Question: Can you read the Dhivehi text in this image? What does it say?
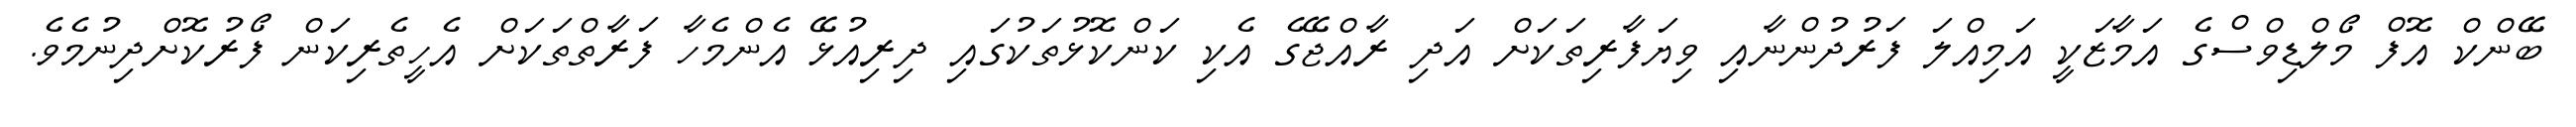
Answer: ބޭންކް އޮފް މޯލްޑިވްސްގެ އަމާޒަކީ އަމިއްލަ ފަރުދުންނާއި ވިޔަފާރިތަކަށް އަދި ރާއްޖޭގެ އެކި ކަންކޮޅުތަކުގައި ދިރިއުޅޭ އެންމެހާ ފަރާތްތަކަށް އެހީތެރިކަން ފޯރުކޮށްދިނުމެވެ.